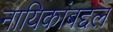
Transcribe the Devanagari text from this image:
नायिकांबद्दल